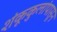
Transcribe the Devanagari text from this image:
शंकूकुलांपासून